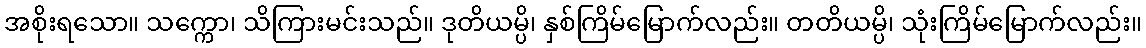
အစိုးရသော။ သက္ကော၊ သိကြားမင်းသည်။ ဒုတိယမ္ပိ၊ နှစ်ကြိမ်မြောက်လည်း။ တတိယမ္ပိ၊ သုံးကြိမ်မြောက်လည်း။